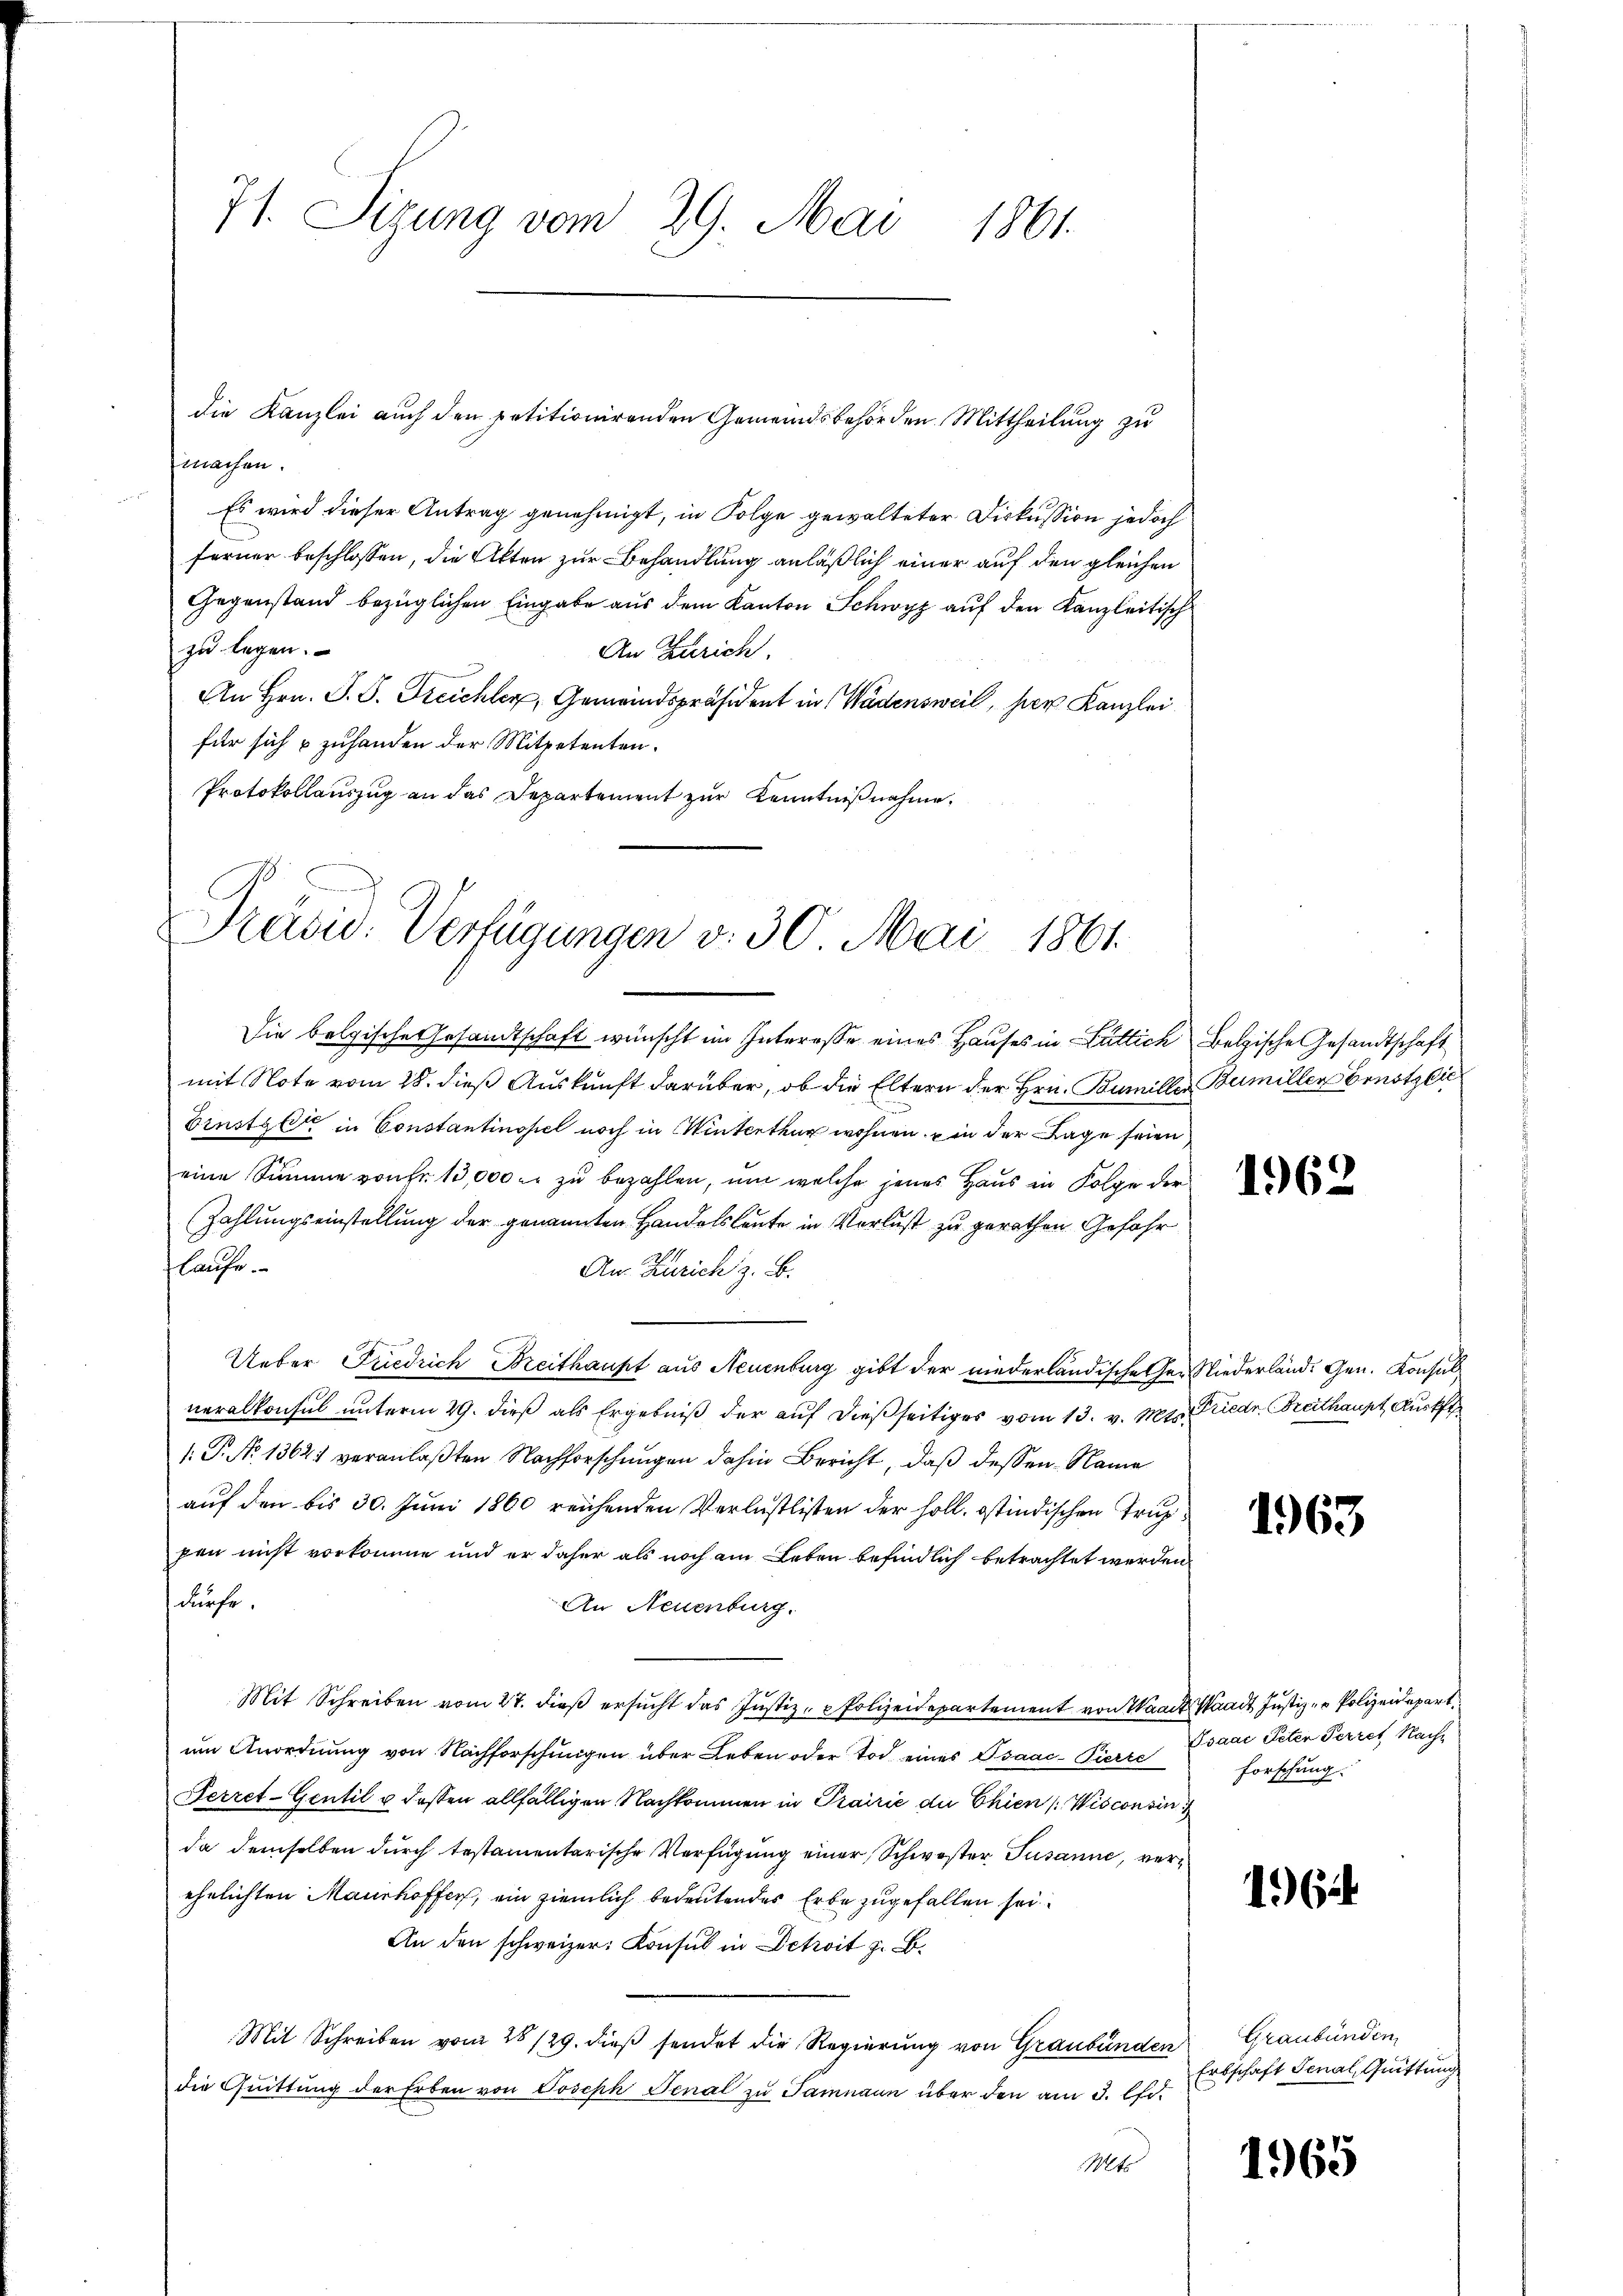
71. Sizung vom 29. Mai 1861.

die Kanzlei auch den petitionirenden Gemeindsbehörden Mittheilung zu
machen.
Es wird dieser Antrag genehmigt, in Folge gewalteter Diskussion jedoch
ferner beschlossen, die Alten zur Behandlung anläßlich einer auf den gleichen
Gegenstand bezüglichen Eingabe aus dem Kanton Schwyz auf den Kanzleitisch
zu legen.
An Zürich.
An Hrn. S. S. Treichler, Gemeindspräsident in Wädensweil, per Kanzlei
für sich & zuhanden der Mitpetenten.
Protokollauszug an das Departement zur Kenntnißnahme

Präsid. Verfügungen v. 30. Mai 1861.

Die belgische Gesandtschaft wünscht im Intereße eines Hauses in Lütlich Belgische Gesandtschaft
mit Note vom 28. dieß Auskunft darüber, ob die Eltern der Hrn. Bumillen Bumiller Ernstlic
Dinstalt in Constantinopel noch in Winterthur wohnen, in der Lage seien
eine Summe von Fr. 13,000 er zu bezahlen, um welche jenes Haus in Folge der
(Zahlungseinstellung der genannten Handelsleute in Verlust zu gerathen Gefahr
laufe.
An Zürich z. B.
Ueber Friedrich Breithaupt aus Neuenburg gibt der niederländische her Niederländ. Gen. Konsulneralkonsul unterm 29. dieß als Ergebniß der auf dießseitiges vom 13. v. Mts. Friedr. Breithaupt Ausk
1: P. No. 13621 veranlaßten Nachforschungen dahin Bericht, daß dessen Name
auf den bis 30. Juni 1860 reichenden Verlustlisten der holl. östindischen Truppen nicht vorkomme und er daher als noch am Leben befindlich betrachtet werden
Kirche.
An Neuenburg.
Mit Schreiben vom 27. dieβ ersŭcht das Justiz- Polizeidepartement von Waadt, Waadt Justiz- u Polizeidepart
um Anordnung von Nachforschungen über Leben oder Tod eines Isaac-Pierre
Perret-Gentil u. dassen allfälligen Nachkommen in Prairie de Chien (Wisconsin
da demselben durch testamentarische Verfügung einer Schwester Susanne, verehelichten Maurhoffen, ein ziemlich bedeutendes Erbe zugefallen sei.
An den schweizer. Konsul in Detoit z. B.
Mit Schreiben vom 28/29. dieβ sendet die Regierung von Graubünden Graubünden,
die Quittung der Erben von Joseph Senal zu Jammann über den am 3. Art.
Mite

1963

Isaac Peten Perres Nach¬
Forschung.

1964

Erbschaft Genal, Guittung

1965